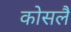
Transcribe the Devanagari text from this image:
कोसलै